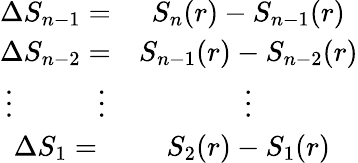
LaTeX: \begin{array}{cc}{\Delta S_{n-1}=}&{S_{n}(r)-S_{n-1}(r)}\\ {\Delta S_{n-2}=}&{S_{n-1}(r)-S_{n-2}(r)}\\ {\vdots\quad\qquad\vdots}&{\vdots}\\ {\Delta S_{1}=}&{S_{2}(r)-S_{1}(r)}\end{array}